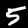
Label: 5